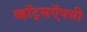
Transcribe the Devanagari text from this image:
व्हॉट्सऍपची